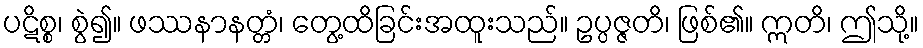
ပဋိစ္စ၊ စွဲ၍။ ဖဿနာနတ္တံ၊ တွေ့ထိခြင်းအထူးသည်။ ဥပ္ပဇ္ဇတိ၊ ဖြစ်၏။ ဣတိ၊ ဤသို့။